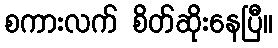
စကားလက် စိတ်ဆိုးနေပြီ။